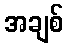
အချစ်